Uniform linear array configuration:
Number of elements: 8
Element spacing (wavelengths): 1
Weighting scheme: binomial
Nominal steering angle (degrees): -45
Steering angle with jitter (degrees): -45.744
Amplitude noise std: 0.05
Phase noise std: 0.05

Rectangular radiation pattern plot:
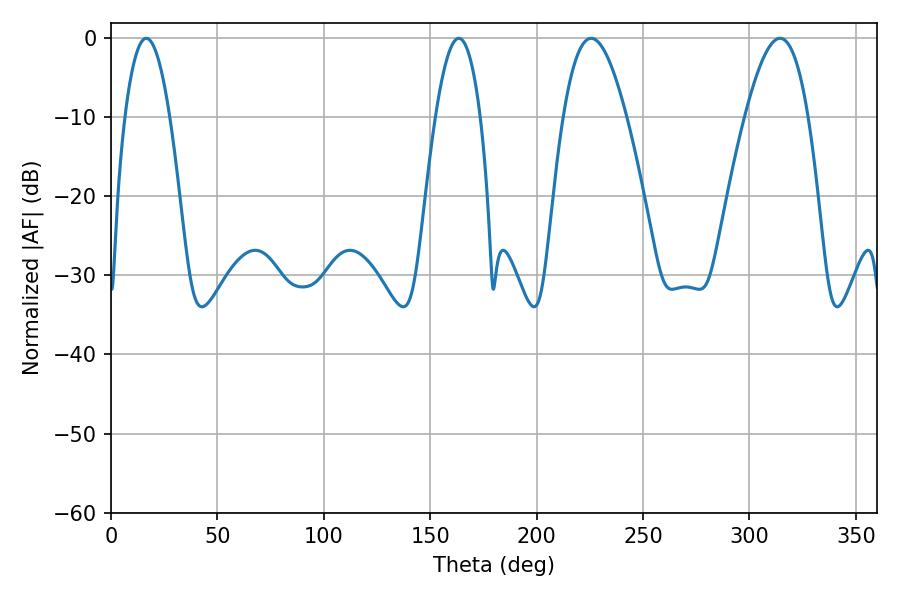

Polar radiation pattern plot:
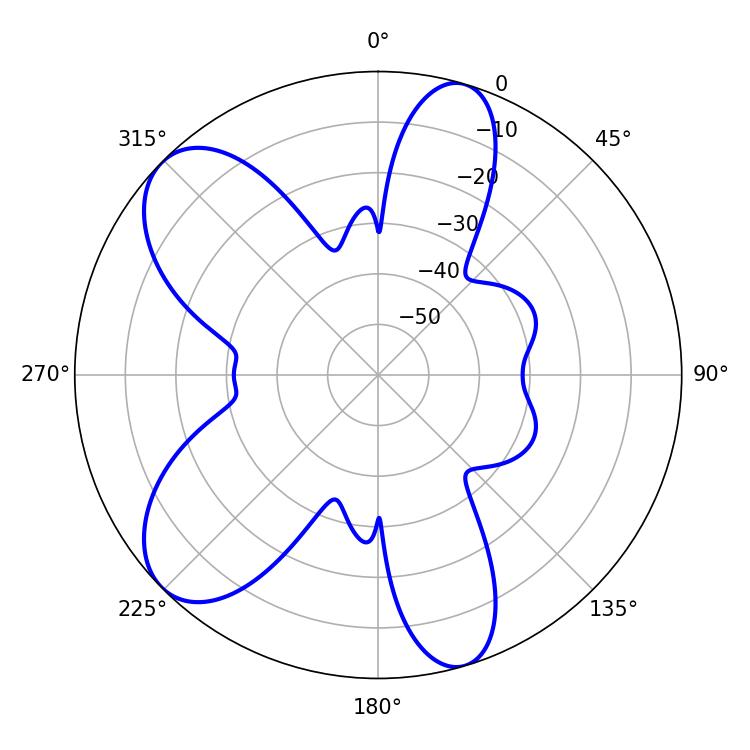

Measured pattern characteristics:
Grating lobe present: TRUE
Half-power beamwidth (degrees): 11.52
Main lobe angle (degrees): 16.56